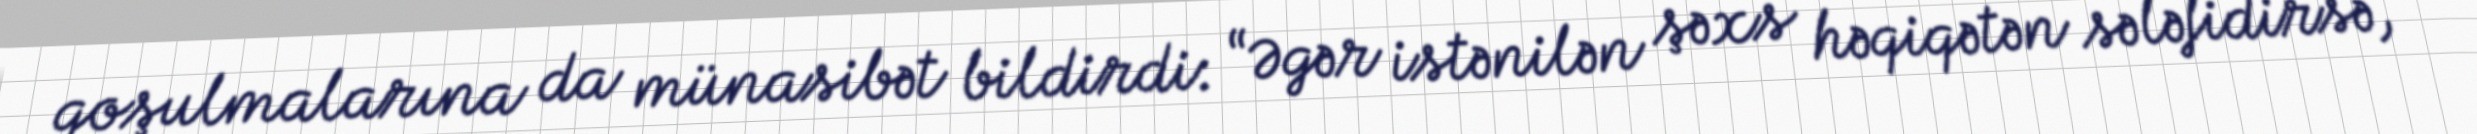
qoşulmalarına da münasibət bildirdi: “Əgər istənilən şəxs həqiqətən sələfidirsə,